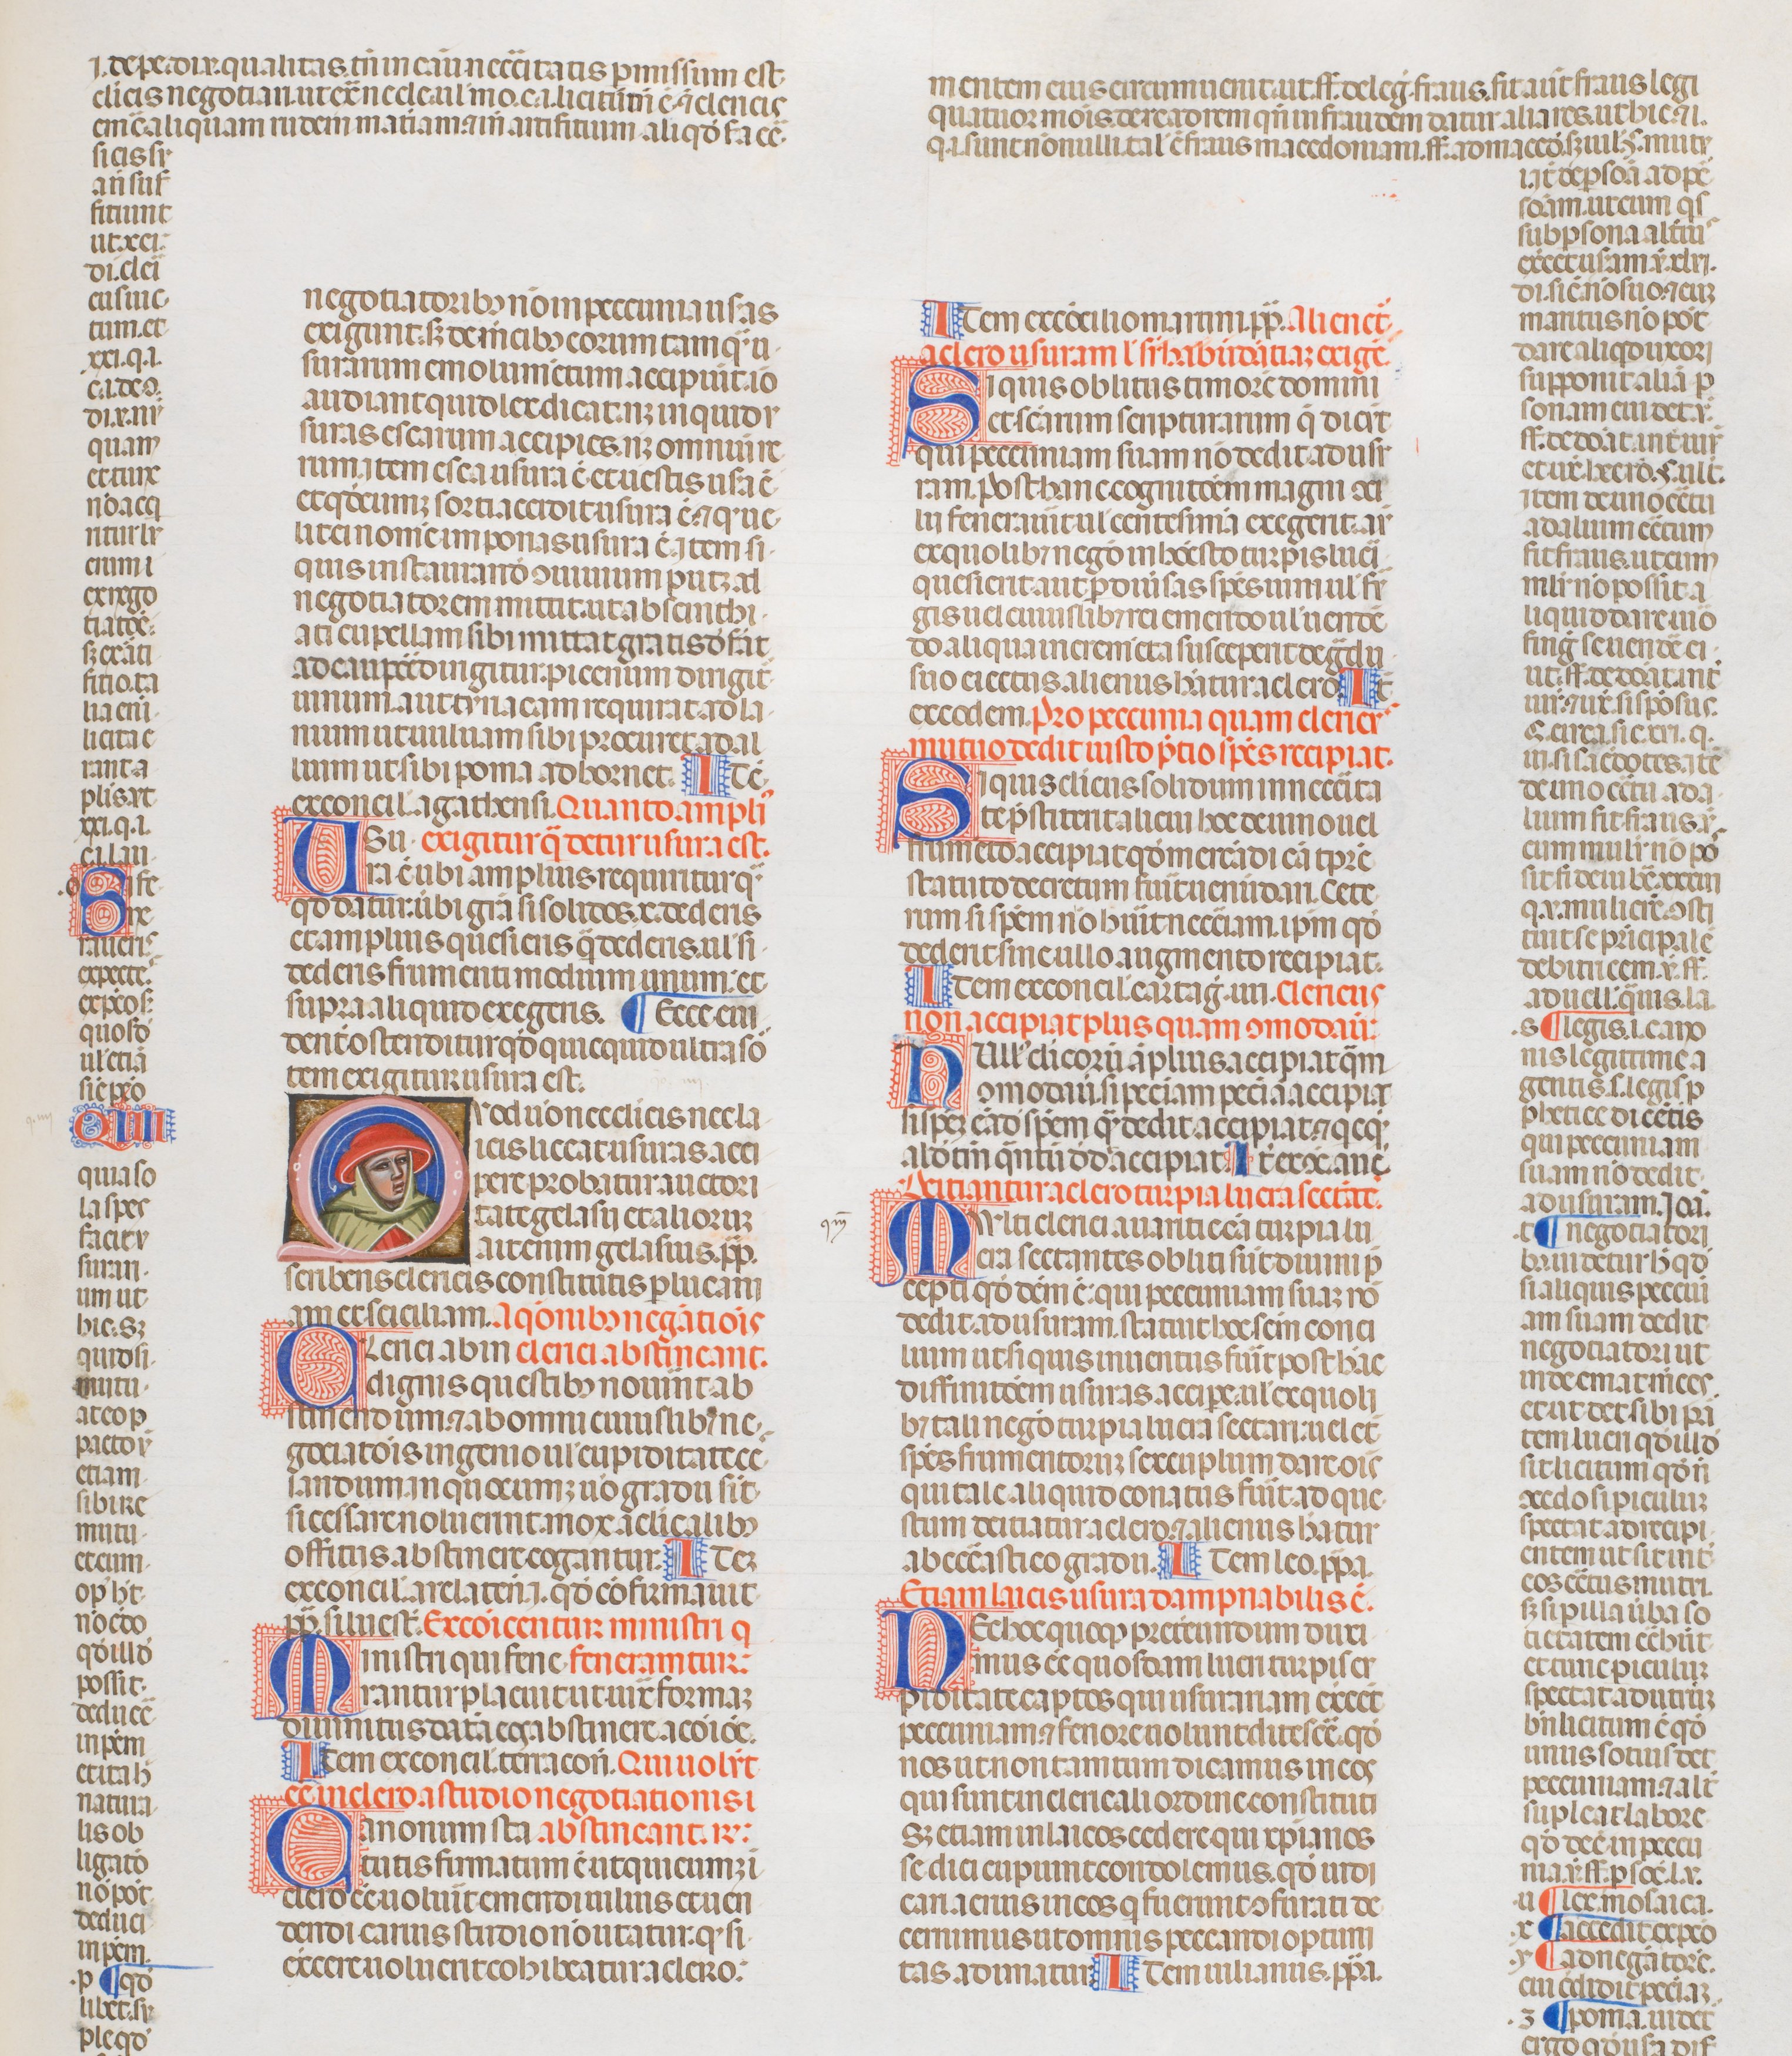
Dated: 1340–1350